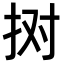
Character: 𢫊